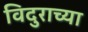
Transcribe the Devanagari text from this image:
विदुराच्या